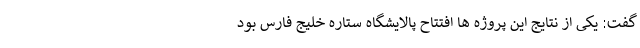
گفت: یکی از نتایج این پروژه ها افتتاح پالایشگاه ستاره خلیج فارس بود